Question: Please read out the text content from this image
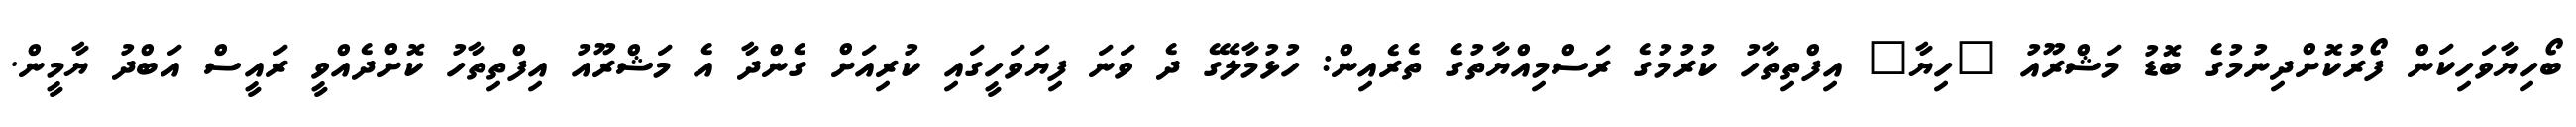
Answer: ބޯހިޔާވަހިކަން ފޯރުކޮށްދިނުމުގެ ބޮޑު މަޝްރޫއު "ހިޔާ" އިފްތިތާހު ކުރުމުގެ ރަސްމިއްޔާތުގެ ތެރެއިން: ހުޅުމާލޭގެ ދެ ވަނަ ފިޔަވަހީގައި ކުރިއަށް ގެންދާ އެ މަޝްރޫއު އިފްތިތާހު ކޮށްދެއްވީ ރައީސް އަބްދު ޔާމީން.